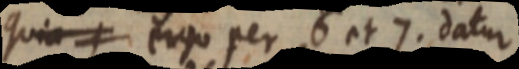
quia ergo per 6 et7. datur